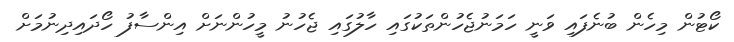
ކޯޓުން މިހެން ބުނެފައި ވަނީ ހަމަނުޖެހުންތަކުގައި ހާލުގައި ޖެހުނު މީހުންނަށް އިންސާފު ހޯދައިދިނުމަށް